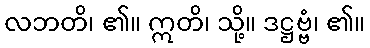
လဘတိ၊ ၏။ ဣတိ၊ သို့။ ဒဋ္ဌဗ္ဗံ၊ ၏။